Triennial report on the lunatic asylums in the province of Eastern Bengal and Assam - 1903-1911
Year: 1903
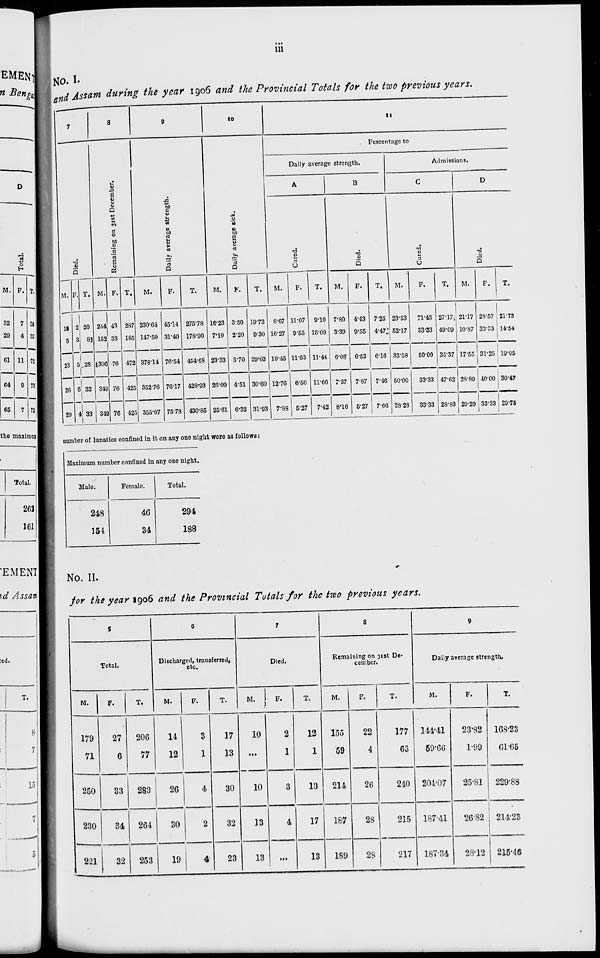
iii
No. I.
and Assam during the year 1906 and the Provincial Totals for the two previous years.
7
Died.
M.
18
5
23
26
29
F.
2
3
5
6
4
T.
20
8
28
32
33
8
Remaining on 31st December.
M.
244
152
396
349
349
F.
43
33
76
76
76
T.
287
185
472
425
425
9
Daily average strength.
M.
230.64
147.50
378.14
352.76
355.07
F.
45.14
31.40
76.54
76.17
75.78
T.
275.78
178.90
454.68
428.93
430.85
10
Daily average sick.
M.
16.23
7.10
23.33
26.09
25.61
F.
3.50
2.20
5.70
4.51
6.32
T.
19.73
9.30
29.03
30.60
31.93
11
Percentage to
Daily average strength.
A
Cured.
M.
8.67
16.27
10.45
12.76
7.88
F.
11.07
9.55
11.63
6.56
5.27
T.
9.10
15.09
11.44
11.66
7.42
B
Died.
M.
7.80
3.39
6.08
7.37
8.16
F.
4.43
9.55
6.53
7.87
5.27
T.
7.25
4.47
6.16
7.46
7.66
Admissions.
C
Cured.
M.
23.53
52.17
33.58
50.00
28.28
F.
71.43
33.33
50.00
33.33
33.33
T.
27.17
49.09
35.37
47.62
28.83
D
Died.
M.
21.17
10.87
17.55
28.89
29.29
F.
28.57
33.33
31.25
40.00
33.33
T.
21.73
14.54
19.05
30.47
29.75
number of lunatics confined in it on any one night were as follows:
Maximum number confined in any one night.
Male.
248
154
Female.
46
34
Total.
294
188
No. II.
for the year 1906 and the Provincial Totals for the two previous years.
5
Total.
M.
179
71
250
230
221
F.
27
6
33
34
32
T.
206
77
283
264
253
6
Discharged, transferred,
etc.
M.
14
12
26
30
19
F.
3
1
4
2
4
T.
17
13
30
32
23
7
Died.
M.
10
...
10
13
13
F.
2
1
3
4
...
T.
12
1
13
17
13
8
Remaining on 31st De-
cember.
M.
155
59
214
187
189
F.
22
4
26
28
28
T.
177
63
240
215
217
9
Daily average strength.
M.
144.41
59.66
204.07
187.41
187.34
F.
23.82
1.99
25.81
26.82
28.12
T.
168.23
61.65
229.88
214.23
215.46